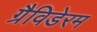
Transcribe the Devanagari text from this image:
ग्रैविडेरम